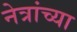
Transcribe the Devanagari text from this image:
नेत्रांच्या